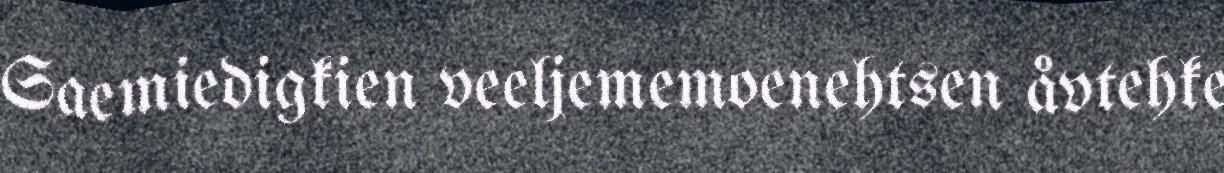
Saemiedigkien veeljememoenehtsen åvtehke